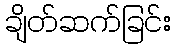
ချိတ်ဆက်ခြင်း